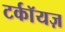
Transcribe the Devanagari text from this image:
टर्कॉयज़